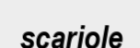
scariole